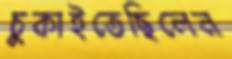
চুকাইতেছিলেন